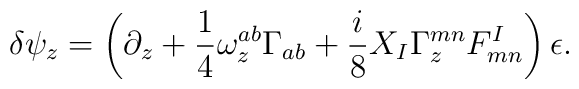
\delta \psi _{z}=\left( \partial _{z}+{\frac{1}{4}}\omega _{z}^{ab}\Gamma_{ab}+{\frac{i}{8}}X_{I}\Gamma _{z}^{mn}F_{mn}^{I}\right) \epsilon.